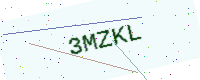
Text: 3MZKL